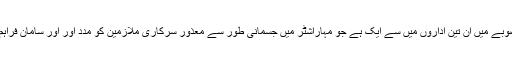
یہ پورے صوبے میں ان تین اداروں میں سے ایک ہے جو مہاراشٹر میں جسمانی طور سے معذور سرکاری ملازمین کو مدد اور اور سامان فراہم کرتے ہیں۔